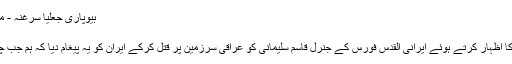
بیوپاری جعلیا سرغنہ - میار بلوچ | The Balochistan Post
بیوپاری جعلیا سرغنہ
رواں ماہ امریکہ نے اپنی بھرپور طاقت کا اظہار کرتے ہوئے ایرانی القدس فورس کے جنرل قاسم سلیمانی کو عراقی سرزمین پر قتل کرکے ایران کو یہ پیغام دیا کہ ہم جب چاہیں، جہاں چاہیں حملہ آور ہوسکتے ہیں۔